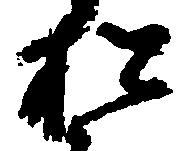
松